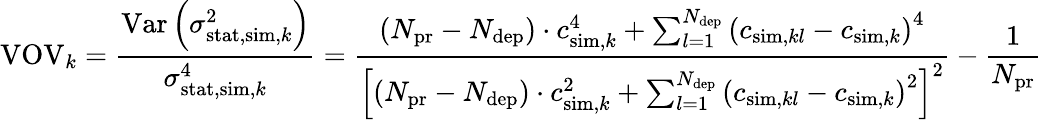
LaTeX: \operatorname{VOV}_{k}=\frac{\operatorname{Var}\left(\sigma_{\mathrm{stat},\mathrm{sim},k}^{2}\right)}{\sigma_{\mathrm{stat},\mathrm{sim},k}^{4}}=\frac{\left(N_{\mathrm{pr}}-N_{\mathrm{dep}}\right)\cdot c_{\mathrm{sim},k}^{4}+\sum_{l=1}^{N_{\mathrm{dep}}}\left(c_{\mathrm{sim},kl}-c_{\mathrm{sim},k}\right)^{4}}{\left[\left(N_{\mathrm{pr}}-N_{\mathrm{dep}}\right)\cdot c_{\mathrm{sim},k}^{2}+\sum_{l=1}^{N_{\mathrm{dep}}}\left(c_{\mathrm{sim},kl}-c_{\mathrm{sim},k}\right)^{2}\right]^{2}}-\frac{1}{N_{\mathrm{pr}}}